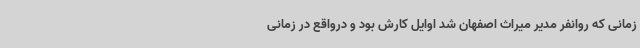
زمانی که روانفر مدیر میراث اصفهان شد اوایل کارش بود و درواقع در زمانی